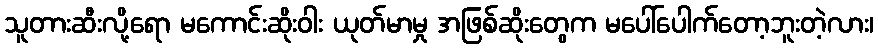
သူတားဆီးလို့ရော မကောင်းဆိုးဝါး ယုတ်မာမှု အဖြစ်ဆိုးတွေက မပေါ်ပေါက်တော့ဘူးတဲ့လား၊